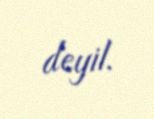
deyil.